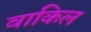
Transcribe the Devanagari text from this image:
वाकिल